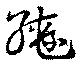
轡